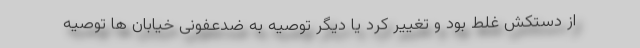
از دستکش غلط بود و تغییر کرد یا دیگر توصیه به ضدعفونی خیابان ها توصیه